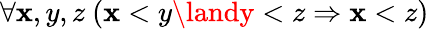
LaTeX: \forall\mathbf{x},y,z\ (\mathbf{x}<y\landy<z\Rightarrow\mathbf{x}<z)